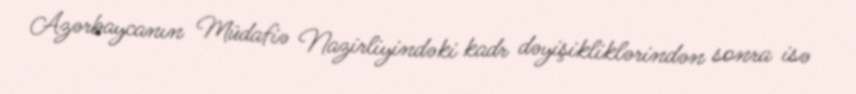
Azərbaycanın Müdafiə Nazirliyindəki kadr dəyişikliklərindən sonra isə